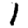
Digit: 1